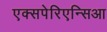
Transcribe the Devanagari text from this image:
एक्सपेरिएन्सिआ